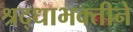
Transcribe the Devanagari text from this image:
श्रद्धाभक्तीने